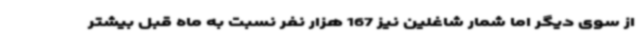
از سوی دیگر اما شمار شاغلین نیز 167 هزار نفر نسبت به ماه قبل بیشتر